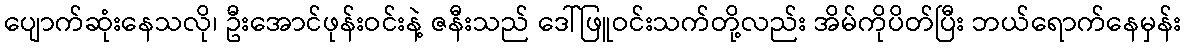
ပျောက်ဆုံးနေသလို၊ ဦးအောင်ဖုန်းဝင်းနဲ့ ဇနီးသည် ဒေါ်ဖြူဝင်းသက်တို့လည်း အိမ်ကိုပိတ်ပြီး ဘယ်ရောက်နေမှန်း